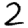
Digit: 2